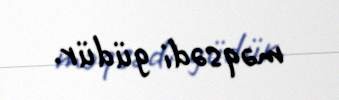
məqsədi güdür.